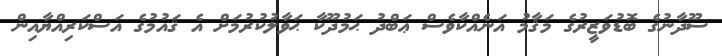
ސޫދާނުގެ ބޮޑުވަޒީރުގެ މަޤާމު އަނެއްކާވެސް ޢަބްދު ޙަމުދޫކާ ޙަވާލުކުރުމަށް އެ ޤައުމުގެ އަސްކަރިއްޔާއިން